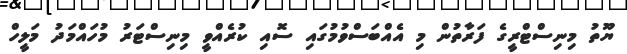
ޔޫތު މިނިސްޓްރީގެ ފަރާތުން މި އެއްބަސްވުމުގައި ސޮއި ކުރެއްވީ މިނިސްޓަރު މުހައްމަދު މަލީހް